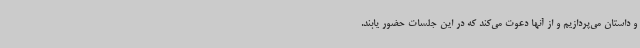
و داستان می‌پردازیم و از آنها دعوت می‌کند که در این جلسات حضور یابند.